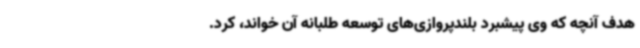
هدف آنچه که وی پیشبرد بلندپروازی‌های توسعه طلبانه آن خواند، کرد.